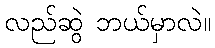
လည်ဆွဲ ဘယ်မှာလဲ။